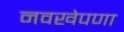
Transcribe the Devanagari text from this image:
नवखेपणा